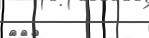
١٠٠